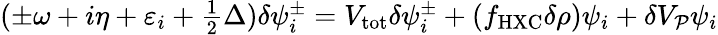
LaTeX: \begin{array}{r}{(\pm\omega+i\eta+\varepsilon_{i}+\frac 12\Delta)\delta\psi_{i}^{\pm}=V_{\mathrm{tot}}\delta\psi_{i}^{\pm}+(f_{\mathrm{HXC}}\delta\rho)\psi_{i}+\delta V_{\mathcal P}\psi_{i}}\end{array}